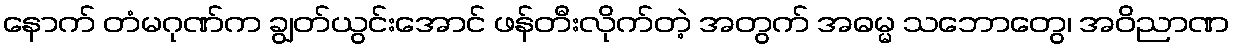
နောက် တံမဂုဏ်က ချွတ်ယွင်းအောင် ဖန်တီးလိုက်တဲ့ အတွက် အဓမ္မ သဘောတွေ၊ အဝိညာဏ